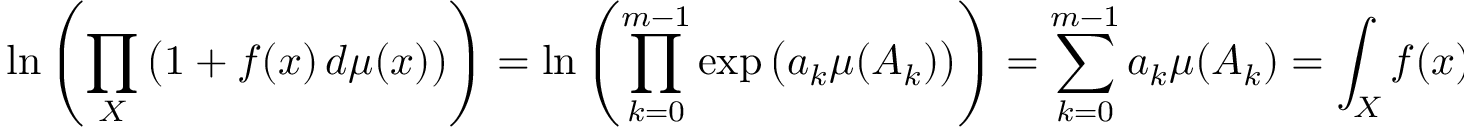
\ln \left( \prod _ { X } { \big ( } 1 + f ( x ) \, d \mu ( x ) { \big ) } \right) = \ln \left( \prod _ { k = 0 } ^ { m - 1 } \exp { \big ( } a _ { k } \mu ( A _ { k } ) { \big ) } \right) = \sum _ { k = 0 } ^ { m - 1 } a _ { k } \mu ( A _ { k } ) = \int _ { X } f ( x ) \, d \mu ( x ) \iff